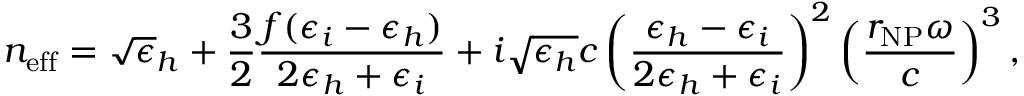
n _ { \mathrm { e f f } } = \sqrt \epsilon _ { h } + \frac 3 2 \frac { f ( \epsilon _ { i } - \epsilon _ { h } ) } { 2 \epsilon _ { h } + \epsilon _ { i } } + i \sqrt { \epsilon _ { h } } { c } \left( \frac { \epsilon _ { h } - \epsilon _ { i } } { 2 \epsilon _ { h } + \epsilon _ { i } } \right) ^ { 2 } \left( \frac { r _ { \mathrm { N P } } \omega } { c } \right) ^ { 3 } ,